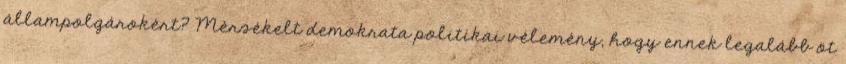
állampolgárokért? Mérsékelt demokrata politikai vélemény, hogy ennek legalább öt